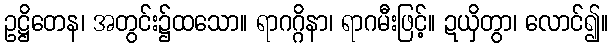
ဥဋ္ဌိတေန၊ အတွင်း၌ထသော။ ရာဂဂ္ဂိနာ၊ ရာဂမီးဖြင့်။ ဍယှိတွာ၊ လောင်၍။